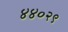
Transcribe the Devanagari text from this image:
४४०२९